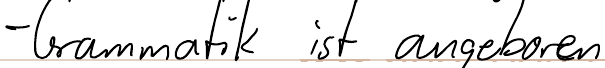
- Grammatik ist angeboren